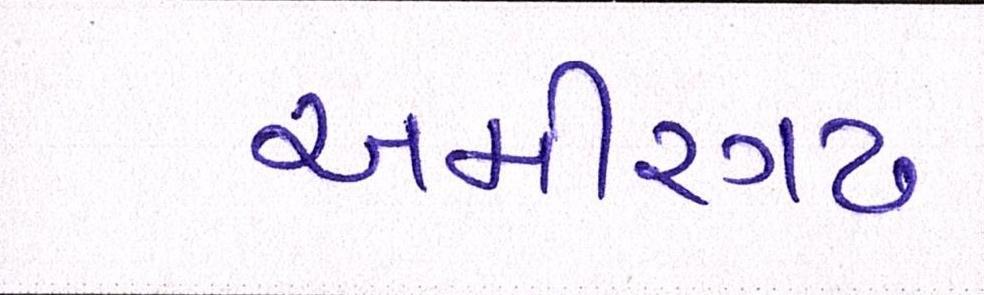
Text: અમીરગઢ